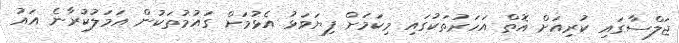
ޖަލްސާގައި ކުރިއަށް އޮތް އަހަރުތަކުގައި މިކަމަށް ފިޔަވަޅު އެޅުމަށް ގައުމުތަކުން އަމަލުކުރާނެ އައު